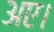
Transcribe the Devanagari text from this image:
अए।